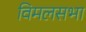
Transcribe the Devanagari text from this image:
विमलसभा